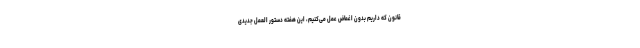
قانون که داریم بدون اغماض عمل می‌کنیم، این هفته دستور العمل جدیدی